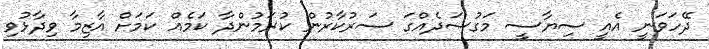
ދޭހަވަނީ އެއީ ސިޔާސީ މަގުސަދެއްގަ ސަރުކާރުން ކުރަމުންދާ ކަމެއް ކަމަށް އާޒިމާ ވިދާޅުވި